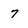
Character: 7